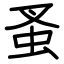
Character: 蚤